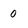
Character: 0